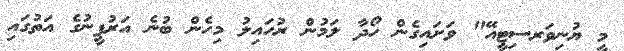
މީ ޔުނިވަރސިޓީއޭ" ވަށައިގެން ހޯދާ ލަމުން ރުހައިލު މިހެން ބުނެ އަރުފީނުގެ އަތުގައި